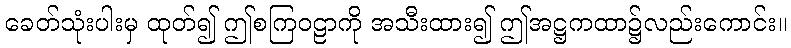
ခေတ်သုံးပါးမှ ထုတ်၍ ဤစကြဝဠာကို အသီးထား၍ ဤအဋ္ဌကထာ၌လည်းကောင်း။